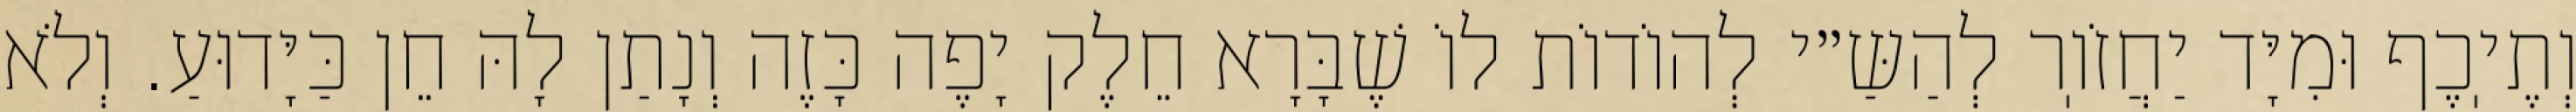
וְתֶיֽכֶף וּמִיָּד יַחֲזֹוֽר לְהַשַּ״י לְהוֹדוֹת לוֹ שֶׁבָּרָא חֵלֶק יָפֶה כָּזֶה וְנָתַן לָהּ חֵן כַּיָּדוּעַ. וְלֹא